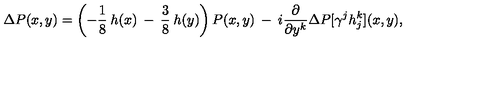
\Delta P ( x , y ) = \left( - \frac { 1 } { 8 } \: h ( x ) \: - \: \frac { 3 } { 8 } \: h ( y ) \right) P ( x , y ) \: - \: i \frac { \partial } { \partial y ^ { k } } \Delta P [ \gamma ^ { j } h _ { j } ^ { k } ] ( x , y ) ,